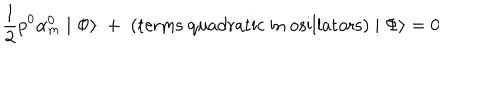
LaTeX: \frac { 1 } { 2 } p ^ { 0 } \alpha _ { m } ^ { 0 } \mid \Phi \rangle \; + \; \mathrm { ( t e r m s ~ q u a d r a t i c ~ i n ~ o s i l l a t o r s ) } \mid \Phi \rangle = 0